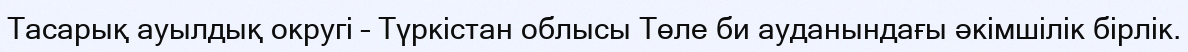
Тасарық ауылдық округі – Түркістан облысы Төле би ауданындағы әкімшілік бірлік.